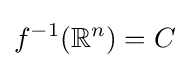
f^{-1}(\mathbb {R} ^{n})=C